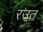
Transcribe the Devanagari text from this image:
रउत